Bréfritari: Arnfinnur Jónsson
Viðtakandi: Jón Borgfirðings Jónsson
Dagsetning: A-1859-10-02
Skrifað á: Arnhólstöðum  S-Múl.

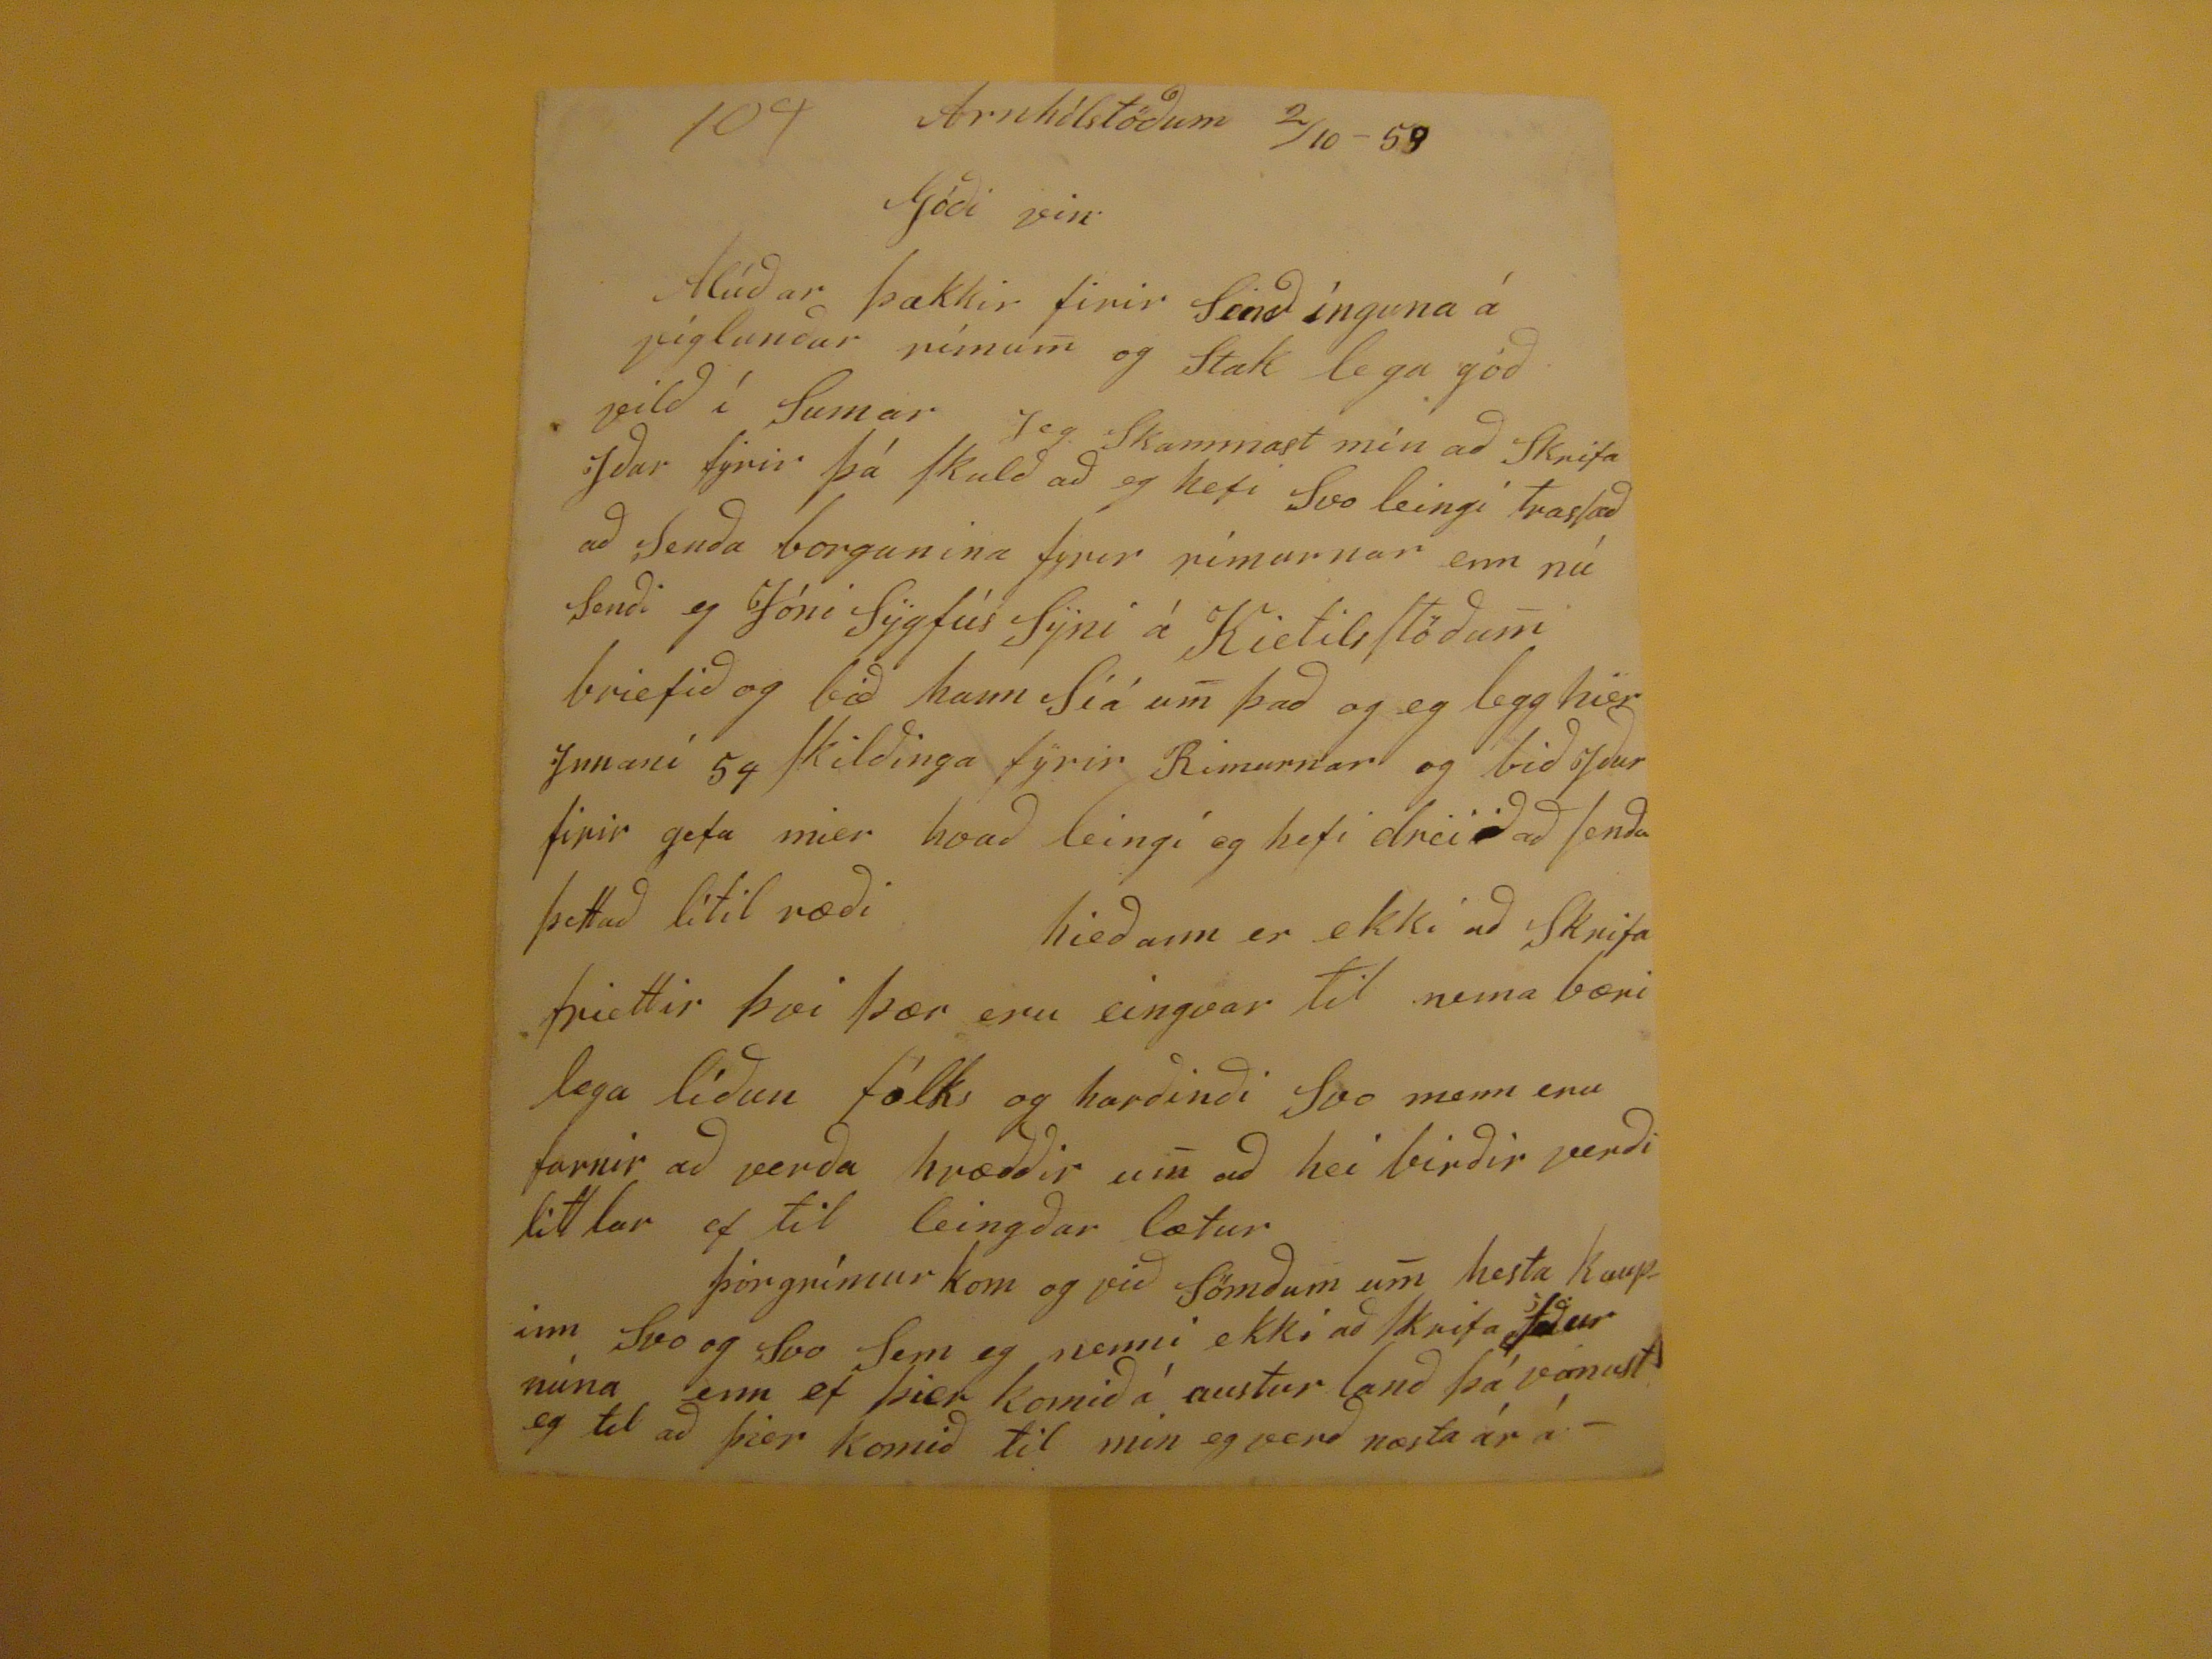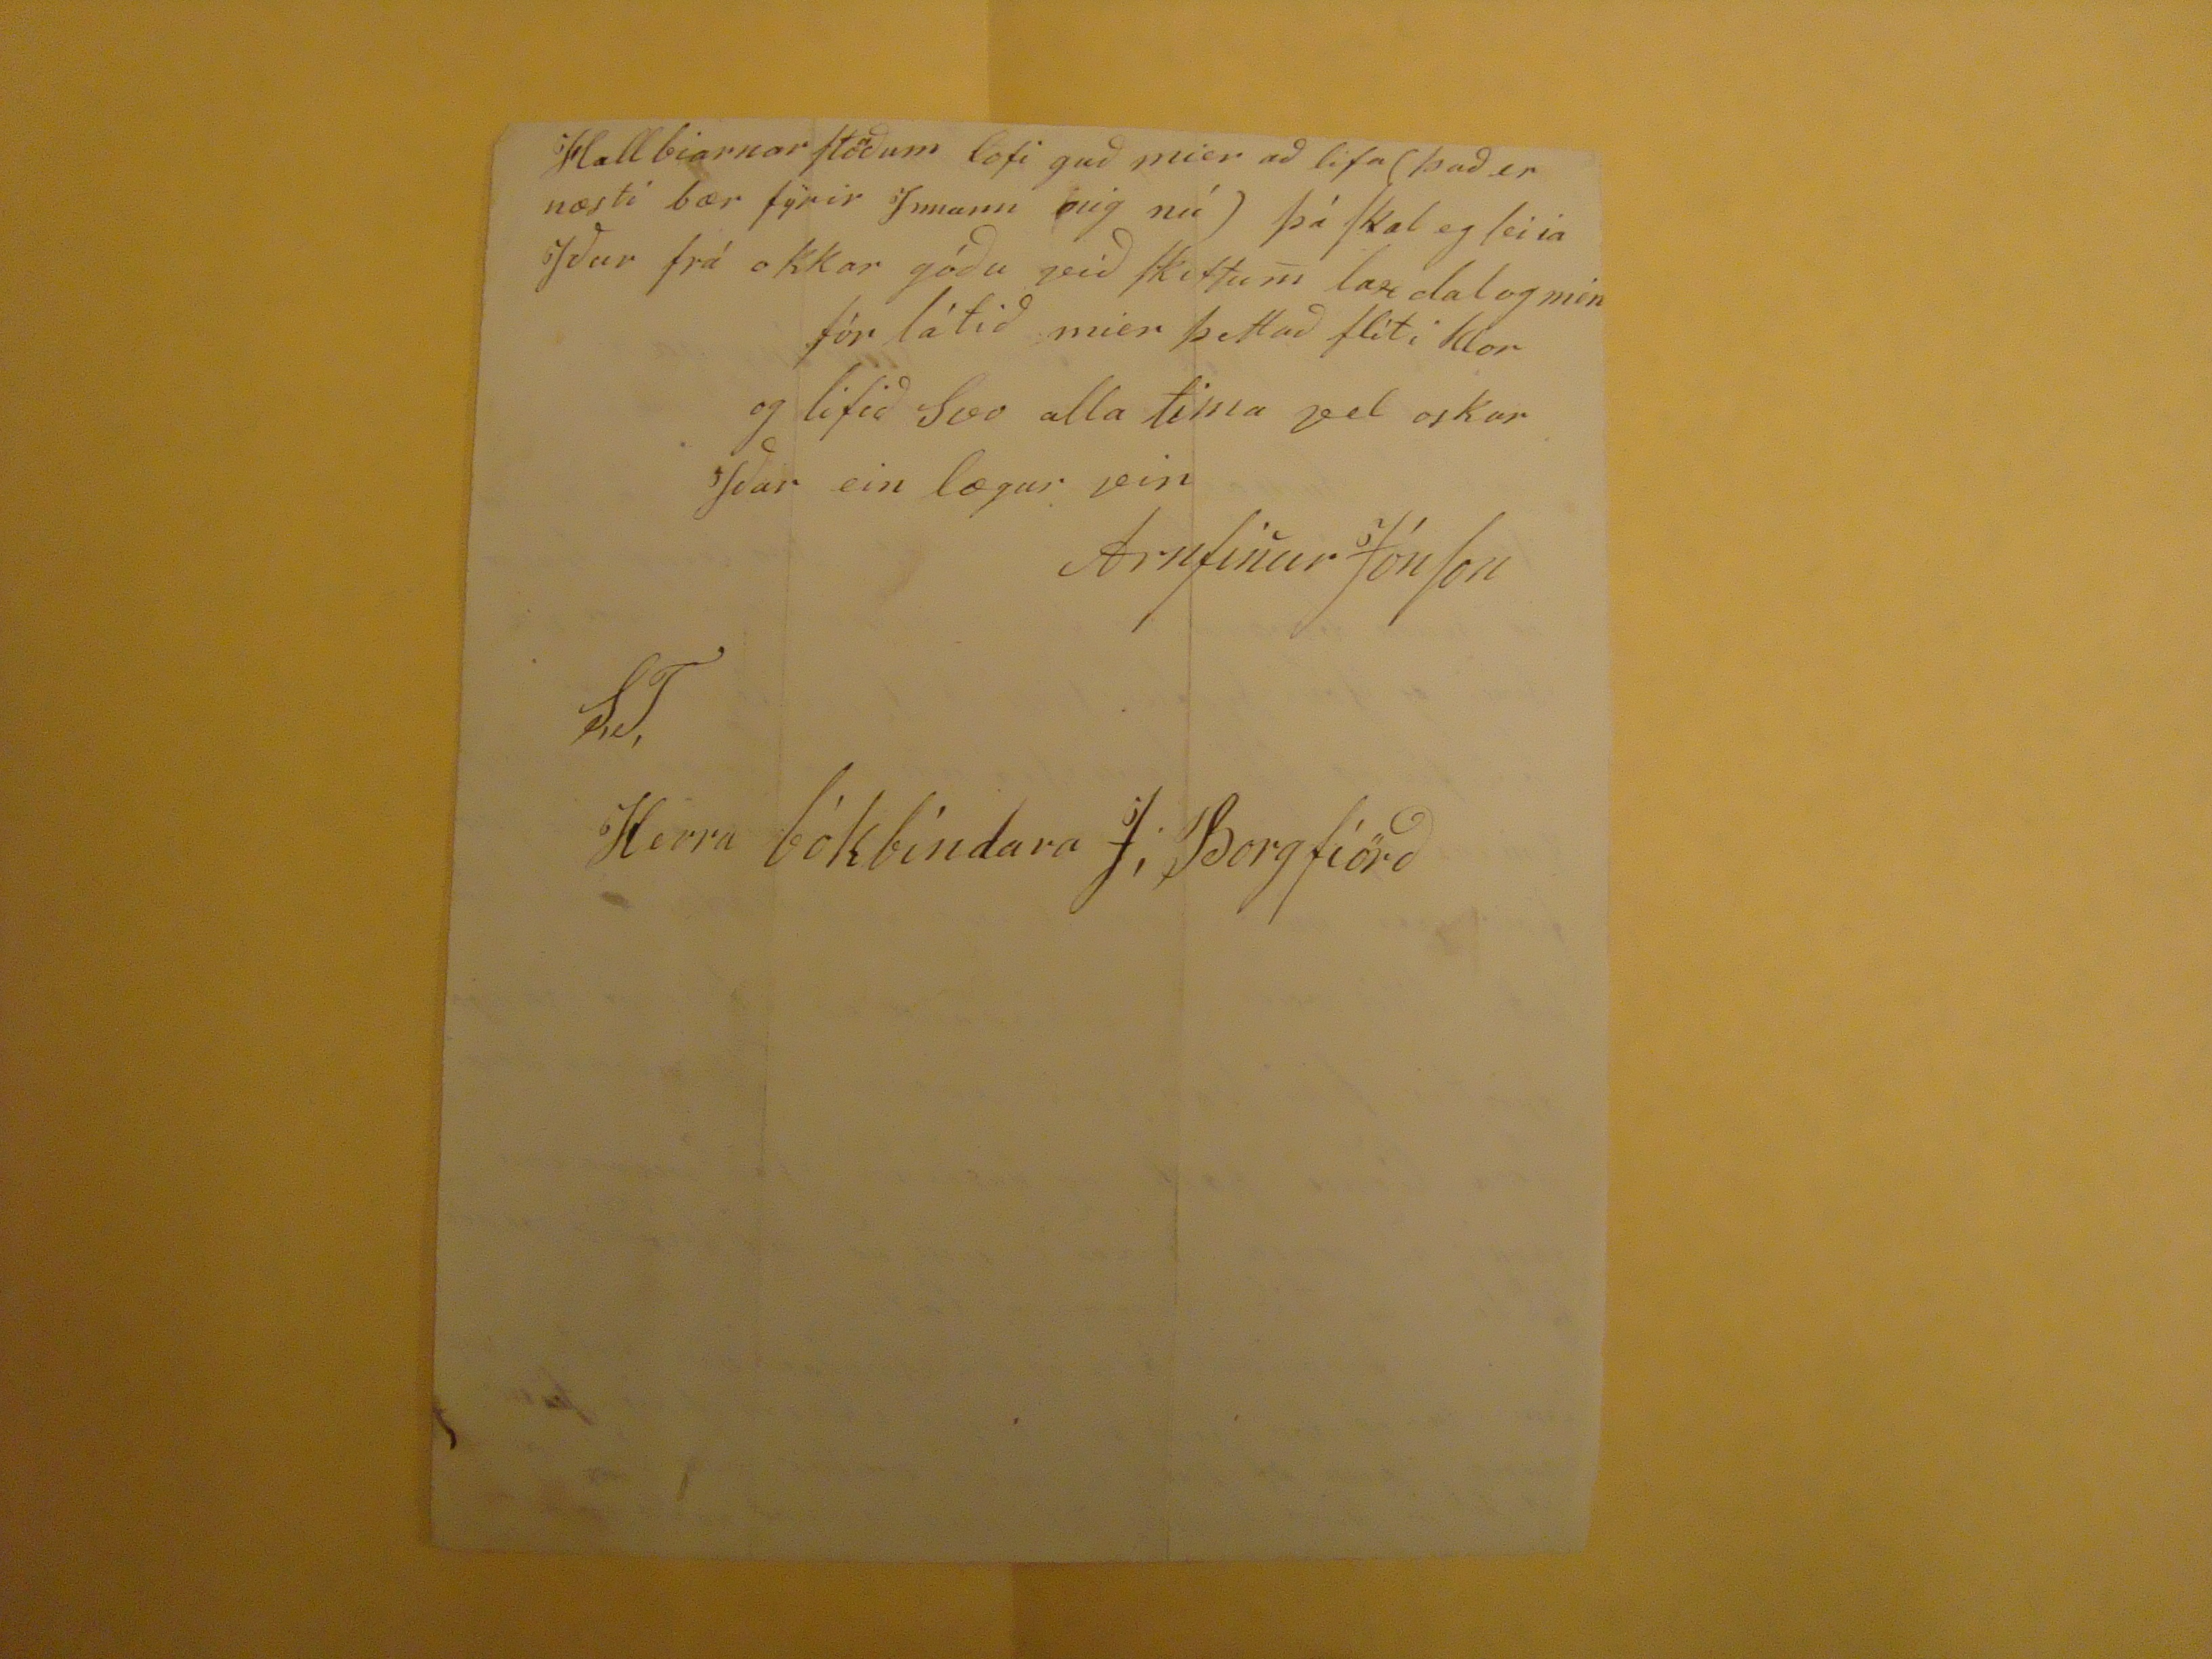

104
Arnhólstöðum 2/10 - 59
Góði vin
Alúðar þakkir firir Senðínguna á
víglunðar rímu
m
og Stak lega góð vilð í Sumar Jeg Skammast mín að Skrifa Yður fyrir þá skulð að eg hefi Svo leingi traslað að Senða borgunina fyrir rímurnar enn nú Senði eg Jóni Sygfús Syni á Kietilsstöðu
m
briefið og bið hann Síá u
m
það og eg legg hier Innaní 54 Skilðinga fyrir Rimurnar og bið Yður firir gefa mier hvað leingí eg hefi dreiið að senða þettað litil ræði hieðann er ekki að Skrfa friettir þvi þær eru eingvar til nema bærilega líður fólki og harðinði Svo menn eru farnir að verða hræððir u
m
að hei birðir verði littlar ef til leingðar lætur Þórgrímur kom og við Sömðum u
m
hesta kaupinn Svo og Svo Sem eg nenni ekki að skrifa Yður núna enn ef þier komið á austur lanð þá vonast eg til að þier komið til min eg voerð næsta ár á.-
Hallbiarnarstöðum lofi guð mier að lifa (það er næsti bær fyrir Innann þig nú) þá skal eg Sei ia Yður frá okkar góðu við skiftu
m
laxdal og mín fór látið mier þettað flíti klor og lifið Svo alla tima vel oskar Yðar ein lægur vin
Arnfi
n
Jónson
S,T,
Herra bókbindara J, Borgfiörð